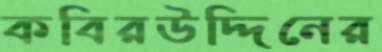
কবিরউদ্দিনের